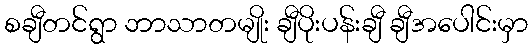
စချီတင်ရွာ ဘာသာတမျိုး ချီပိုးပန်းချီ ချီအပေါင်းမှာ